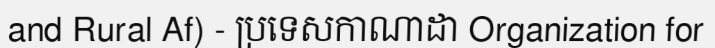
and Rural Af) - ប្រទេសកាណាដា Organization for